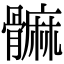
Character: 髍